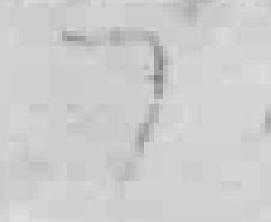
7